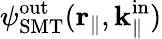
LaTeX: {\psi}_{\mathrm{SMT}}^{\mathrm{out}}(\textbf{r}_{\parallel},\textbf{k}_{\parallel}^{\mathrm{in}})